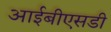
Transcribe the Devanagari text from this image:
आईबीएसडी